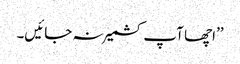
’’اچھا آپ کشمیر نہ جائیں۔